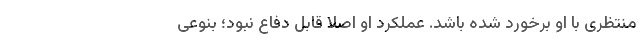
منتظری با او برخورد شده باشد. عملکرد او اصلا قابل دفاع نبود؛ بنوعی